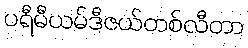
ပရီမီယမ်ဒီဇယ်တစ်လီတာ